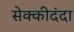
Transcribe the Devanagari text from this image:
सेक्कीदंदा